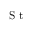
{ \mathrm { ~ S ~ t ~ } }